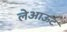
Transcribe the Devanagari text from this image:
लेअाऊट